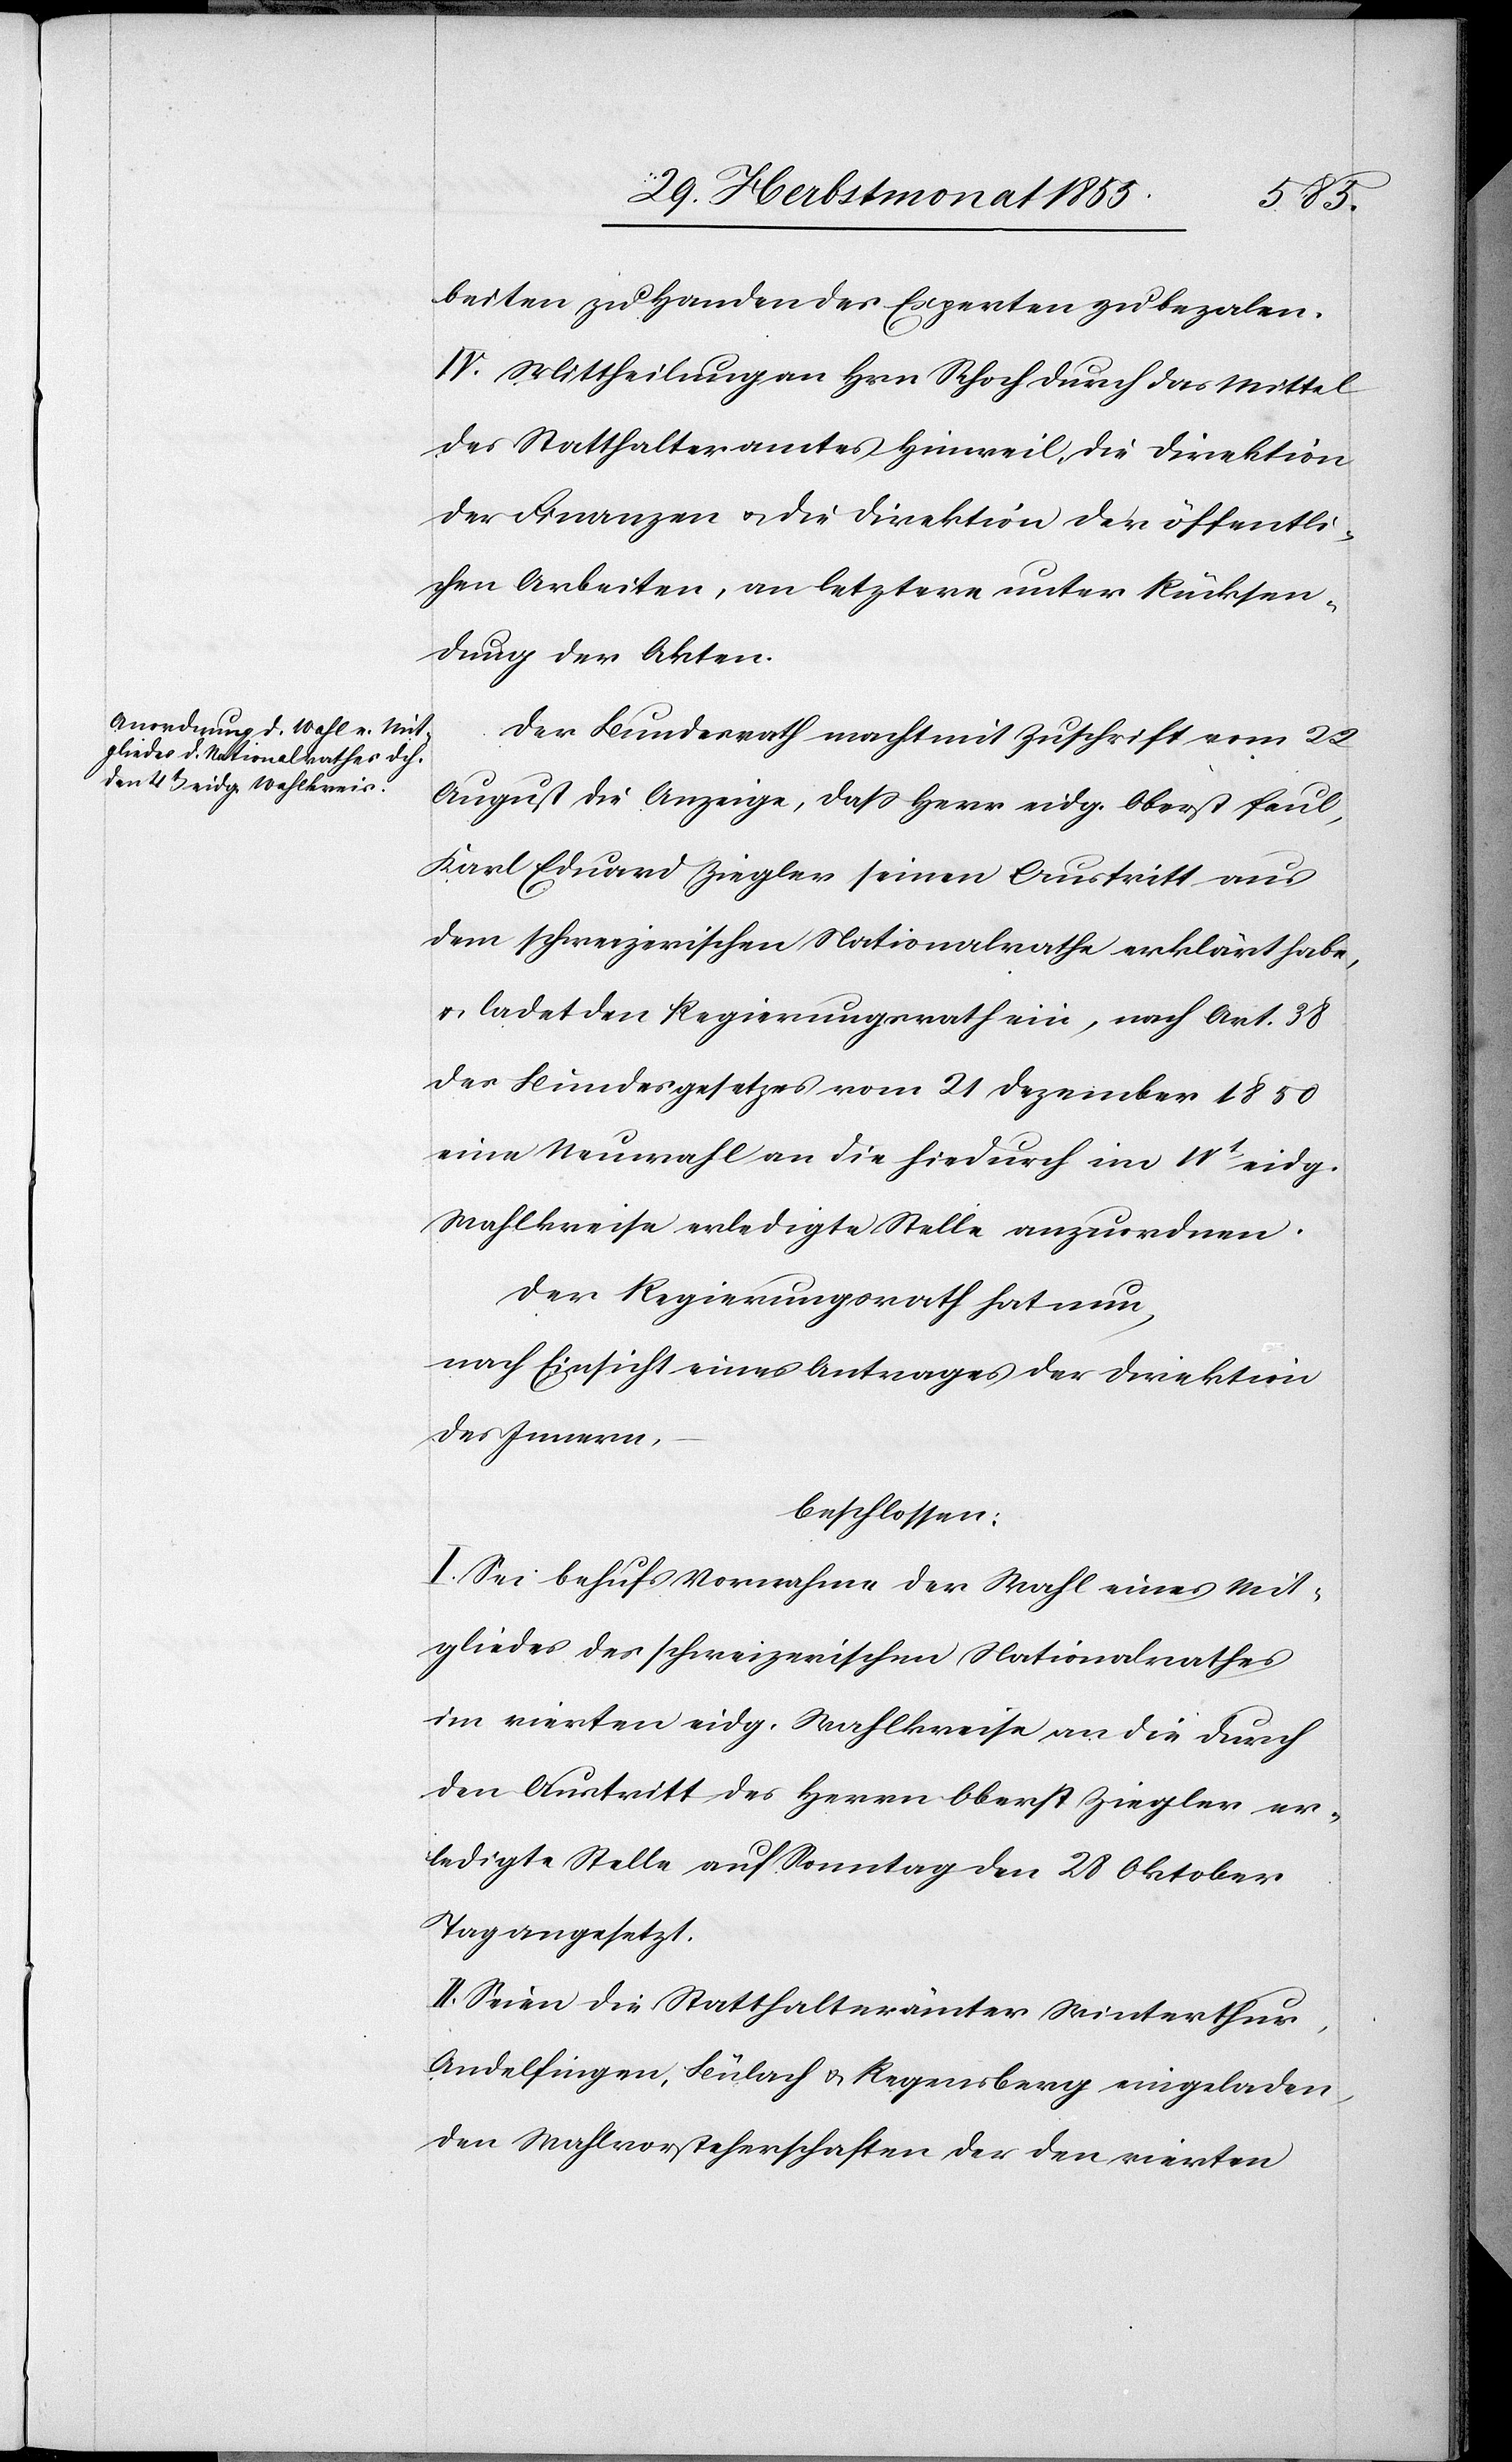
beiten zu Handen des Experten zu bezalen.
IV. Mittheilung an Hrn. Schoch durch das Mittel
des Statthalteramtes Hinweil, die Direktion
der Finanzen & die Direktion der öffentli¬
chen Arbeiten, an letztere unter Rücksen¬
dung der Akten.
Der Bundesrath macht mit Zuschrift vom 22
August die Anzeige, dass Herr eidg. Oberst Paul
Karl Eduard Ziegler seinen Austritt aus
dem schweizerischen Nationalrathe erklärt habe,
ladet den Regierungsrath ein, nach Art. 38
des Bundesgesetzes vom 21 Dezember 1850
eine Neuwahl an die hiedurch im IVt eidg.
Wahlkreise erledigte Stelle anzuordnen.
Der Regierungsrath hat nun,
nach Einsicht eines Antrages der Direktion
des Innern,
beschlossen:
I. Sei behufs Vornahme der Wahl eines Mit¬
gliedes des schweizerischen Nationalrathes
im vierten eidg. Wahlkreise an die durch
den Austritt des Herrn Oberst Ziegler er¬
ledigte Stelle auf Sonntag den 28 Oktober
Tag angesetzt.
II. Seien die Statthalterämter Winterthur,
Andelfingen, Bülach & Regensberg eingeladen,
den Wahlvorsteherschaften der den vierten